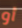
أو